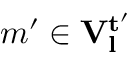
m ^ { \prime } \in \mathbf { V _ { l } ^ { t ^ { \prime } } }